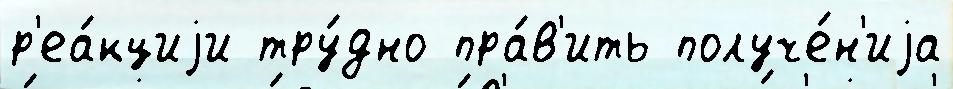
р'еа́кциjи тру́дно пра́в'ить получе́н'иjа